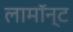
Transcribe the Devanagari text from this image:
लामॉन्ट